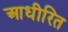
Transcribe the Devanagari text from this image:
आधीरित